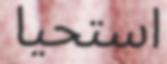
استحيا